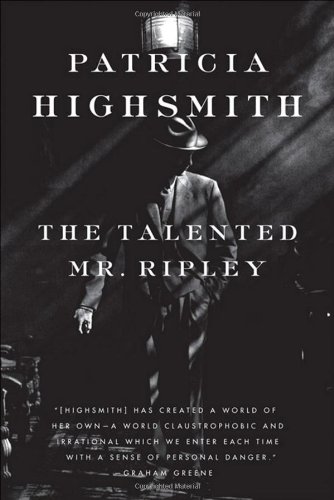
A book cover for The Talented Mr. Ripley; Patricia Highsmith; Literature & Fiction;